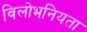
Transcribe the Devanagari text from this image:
विलोभनियता